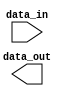
//---------------------------------------------------------
// ROM Module
//---------------------------------------------------------
module rom (
  input	 	[7:0]		data_in,
  output 	[7:0]		data_out
  );

endmodule